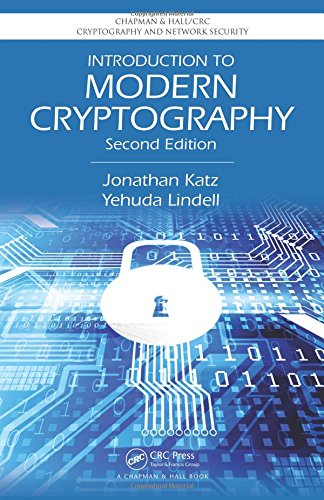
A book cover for Introduction to Modern Cryptography, Second Edition (Chapman & Hall/CRC Cryptography and Network Security Series); Jonathan Katz; Computers & Technology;